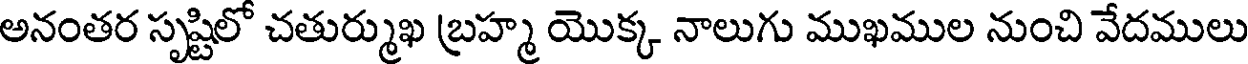
అనంతర సృష్టిలో చతుర్ముఖ బ్రహ్మ యొక్క నాలుగు ముఖముల నుంచి వేదములు